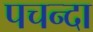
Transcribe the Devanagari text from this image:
पचन्दा